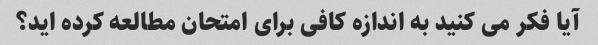
آیا فکر می کنید به اندازه کافی برای امتحان مطالعه کرده اید؟